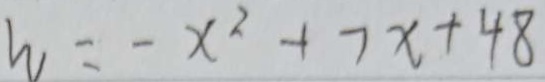
w = - x ^ { 2 } + 7 x + 4 8